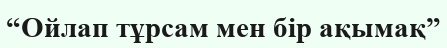
“Ойлап тұрсам мен бір ақымақ”